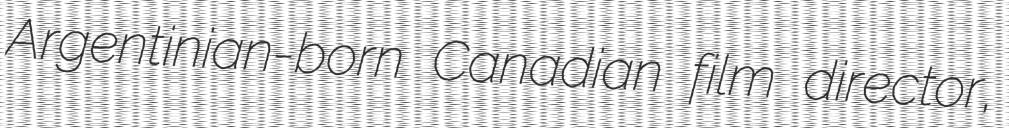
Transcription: Argentinian-born Canadian film director,